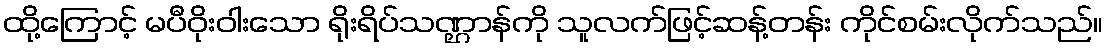
ထို့ကြောင့် မပီဝိုးဝါးသော ရိုးရိပ်သဏ္ဌာန်ကို သူလက်ဖြင့်ဆန့်တန်း ကိုင်စမ်းလိုက်သည်။